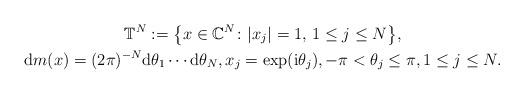
LaTeX: \begin{gather*}\mathbb{T}^{N} :=\big\{ x\in\mathbb{C}^{N}\colon \vert x_{j} \vert =1,\, 1\leq j\leq N\big\} ,\\\mathrm{d}m(x) =(2\pi) ^{-N}\mathrm{d}\theta_{1}\cdots\mathrm{d}\theta_{N}, x_{j}=\exp ( \mathrm{i}\theta _{j}) , -\pi<\theta_{j}\leq\pi, 1\leq j\leq N.\end{gather*}